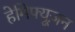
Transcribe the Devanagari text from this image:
हेमिफ्यूज़न